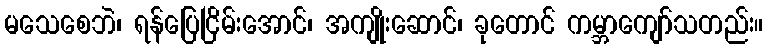
မသေစေဘဲ၊ ရန်ပြေငြိမ်းအောင်၊ အကျိုးဆောင်၊ ခုတောင် ကမ္ဘာကျော်သတည်း။